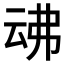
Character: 𠄴